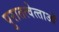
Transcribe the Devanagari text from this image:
पुरातत्‍वेत्‍ताओं